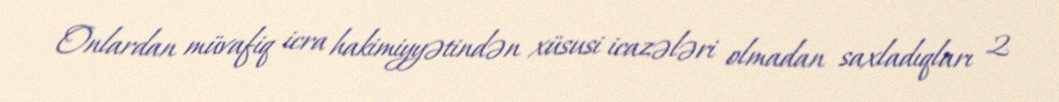
Onlardan müvafiq icra hakimiyyətindən xüsusi icazələri olmadan saxladıqları 2